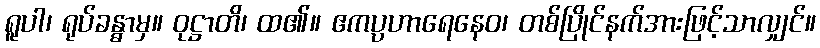
ရူပါ၊ ရုပ်ခန္ဓာမှ။ ဝုဋ္ဌာတိ၊ ထ၏။ ဧကပ္ပဟာရေနေဝ၊ တစ်ပြိုင်နက်အားဖြင့်သာလျှင်။